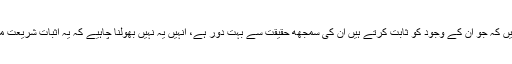
امام ابو الفرج بن الجوزی فرماتے ہیں کہ جو ان کے وجود کو ثابت کرتے ہیں ان کی سمجھھ حقیقت سے بہت دور ہے، انہیں یہ نہیں بھولنا چاہیے کہ یہ اثبات شریعت مطہرہ کے اعراض کو متضمن ہے۔